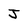
Character: J